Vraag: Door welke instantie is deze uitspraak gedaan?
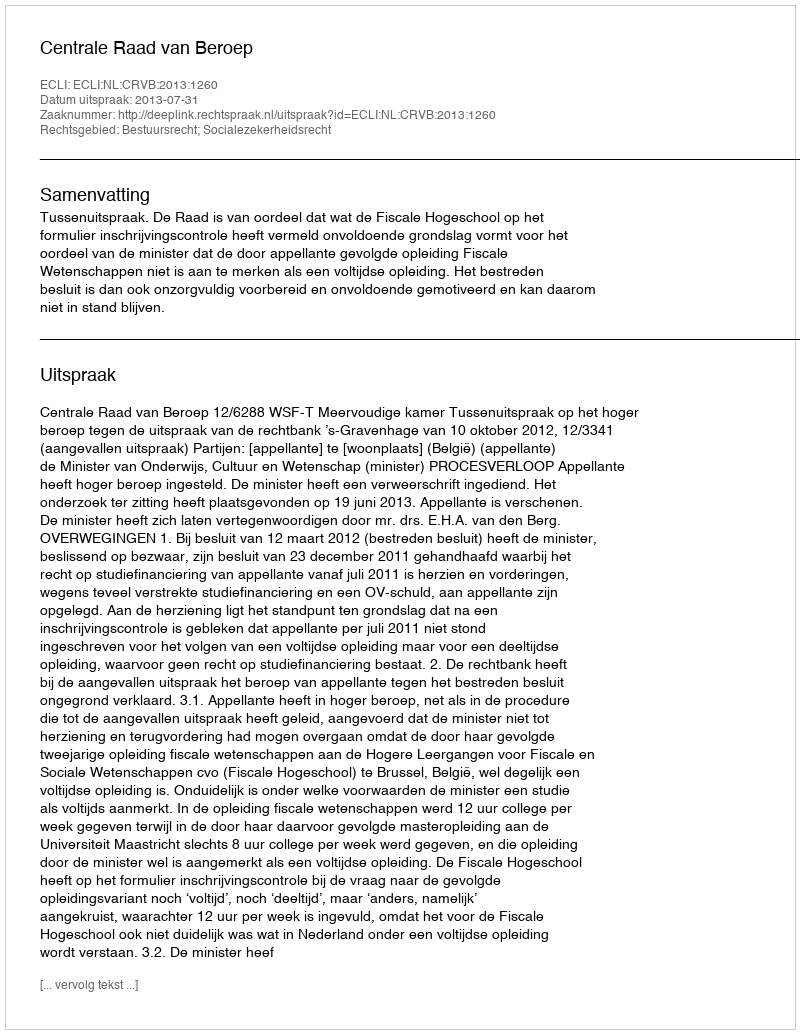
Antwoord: Centrale Raad van Beroep